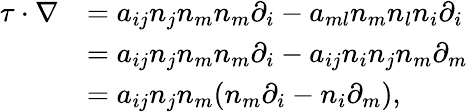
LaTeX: \begin{array}{r}{\begin{array}{rl}{\tau\cdot\nabla}&{=a_{ij}n_{j}n_{m}n_{m}\partial_{i}-a_{ml}n_{m}n_{l}n_{i}\partial_{i}}\\ &{=a_{ij}n_{j}n_{m}n_{m}\partial_{i}-a_{ij}n_{i}n_{j}n_{m}\partial_{m}}\\ &{=a_{ij}n_{j}n_{m}(n_{m}\partial_{i}-n_{i}\partial_{m}),}\end{array}}\end{array}